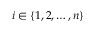
i \in \{ 1 , 2 , \dots , n \}